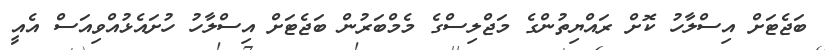
ބަޖެޓަށް އިސްލާހު ކޮށް ރައްޔިތުންގެ މަޖްލިސްގެ މެމްބަރުން ބަޖެޓަށް އިސްލާހު ހުށައެޅުއްވިއަސް އެއީ